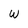
Character: w